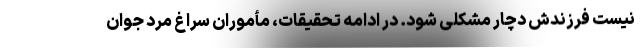
نیست فرزندش دچار مشکلی شود. در ادامه تحقیقات، مأموران سراغ مرد جوان